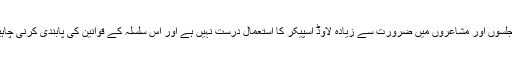
۴- جلسوں اور مشاعروں میں ضرورت سے زیادہ لاوڈ اسپیکر کا استعمال درست نہیں ہے اور اس سلسلہ کے قوانین کی پابندی کرنی چاہیے۔